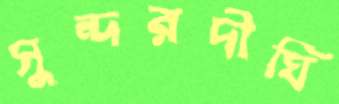
সুন্দরদীঘি